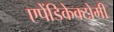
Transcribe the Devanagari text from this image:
एपेंडिकेक्टोमी